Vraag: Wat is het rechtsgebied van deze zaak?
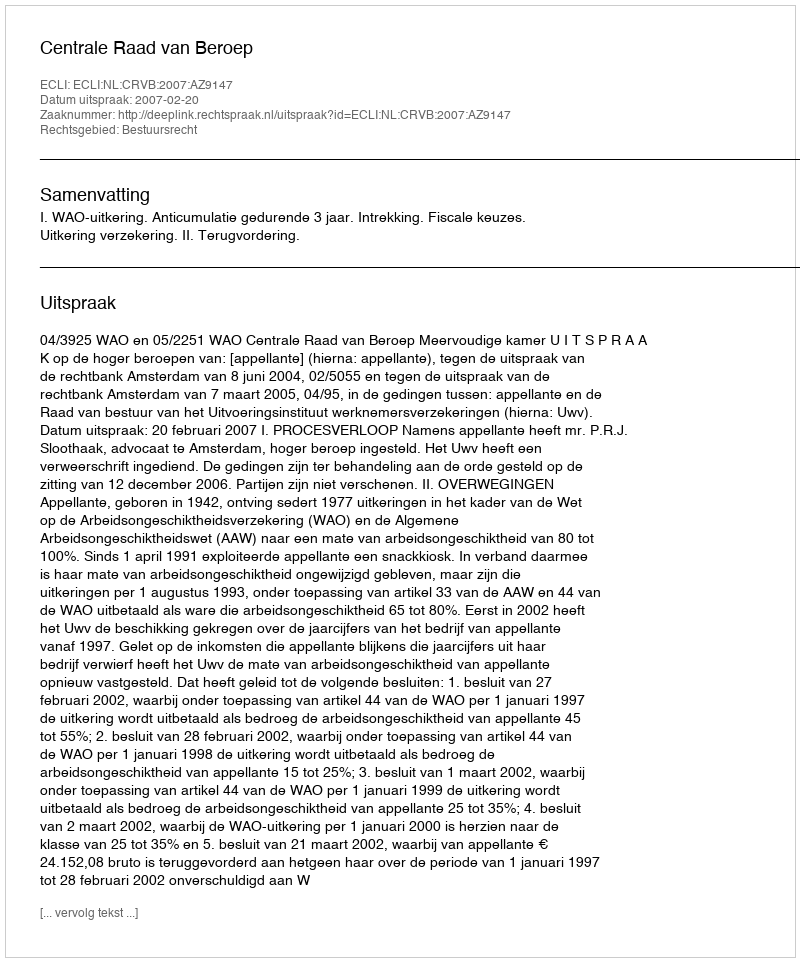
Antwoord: Bestuursrecht